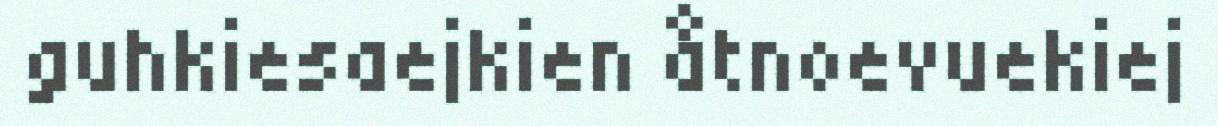
guhkiesaejkien åtnoevuekiej